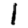
Digit: 1